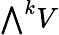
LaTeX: {\textstyle\bigwedge}^{k}V